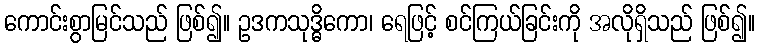
ကောင်းစွာမြင်သည် ဖြစ်၍။ ဥဒကသုဒ္ဓိကော၊ ရေဖြင့် စင်ကြယ်ခြင်းကို အလိုရှိသည် ဖြစ်၍။